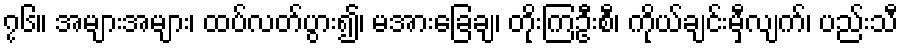
၇၆။ အများအများ၊ ထပ်လတ်ပွား၍၊ မအားခြေချ၊ တိုးကြဦးစီ၊ ကိုယ်ချင်းမှီလျက်၊ ပည်းသီ